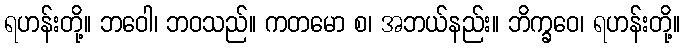
ရဟန်းတို့။ ဘဝေါ၊ ဘဝသည်။ ကတမော စ၊ အဘယ်နည်း။ ဘိက္ခဝေ၊ ရဟန်းတို့။